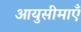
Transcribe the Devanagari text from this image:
आयुसीमाएँ